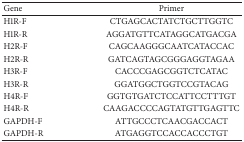
<table><thead><tr><td><b>Gene</b></td><td><b>Primer</b></td></tr></thead><tbody><tr><td>H1R-F</td><td>CTGAGCACTATCTGCTTGGTC</td></tr><tr><td>H1R-R</td><td>AGGATGTTCATAGGCATGACGA</td></tr><tr><td>H2R-F</td><td>CAGCAAGGGCAATCATACCAC</td></tr><tr><td>H2R-R</td><td>GATCAGTAGCGGGAGGTAGAA</td></tr><tr><td>H3R-F</td><td>CACCCGAGCGGTCTCATAC</td></tr><tr><td>H3R-R</td><td>GGATGGCTGGTCCGTACAG</td></tr><tr><td>H4R-F</td><td>GGTGTGATCTCCATTCCTTTGT</td></tr><tr><td>H4R-R</td><td>CAAGACCCCAGTATGTTGAGTTC</td></tr><tr><td>GAPDH-F</td><td>ATTGCCCTCAACGACCACT</td></tr><tr><td>GAPDH-R</td><td>ATGAGGTCCACCACCCTGT</td></tr></tbody></table>